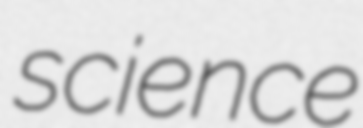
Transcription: science